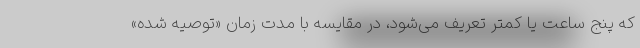
که پنج ساعت یا کمتر تعریف می‌شود، در مقایسه با مدت زمان «توصیه شده»